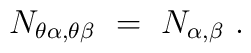
N_{\theta\alpha,\theta\beta}~=~N_{\alpha,\beta}~.